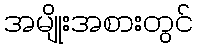
အမျိုးအစားတွင်